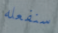
سنفعله